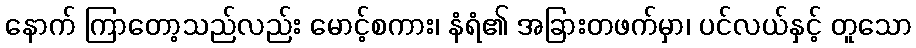
နောက် ကြာတော့သည်လည်း မောင့်စကား၊ နံရံ၏ အခြားတဖက်မှာ၊ ပင်လယ်နှင့် တူသော